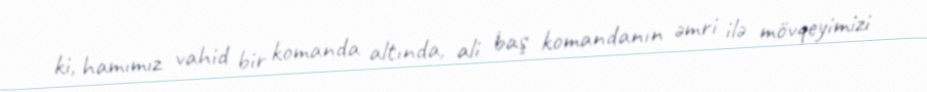
ki, hamımız vahid bir komanda altında, ali baş komandanın əmri ilə mövqeyimizi